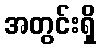
အတွင်းရှိ